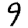
Digit: 9